Source: Handwritten
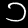
Digit: ၁ (1)